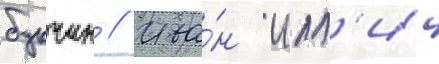
букчин // Ива́н илл'ич